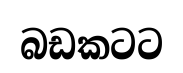
බඩකටට